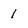
Character: 1